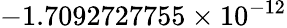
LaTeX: -1.7092727755\times 10^{-12}